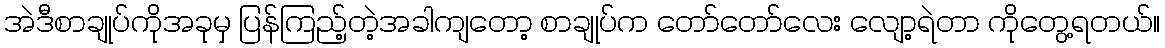
အဲဒီစာချုပ်ကိုအခုမှ ပြန်ကြည့်တဲ့အခါကျတော့ စာချုပ်က တော်တော်လေး လျော့ရဲတာ ကိုတွေ့ရတယ်။